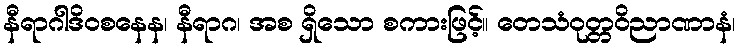
နီရာဂါဒိဝစနေန၊ နီရာဂ၊ အစ ရှိသော စကားဖြင့်။ တေသံဝုတ္တဝိညာဏာနံ၊